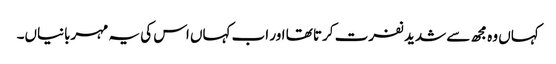
کہاں وہ مجھ سے شدید نفرت کرتا تھا اور اب کہاں اس کی یہ مہربانیاں۔